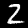
Label: 2